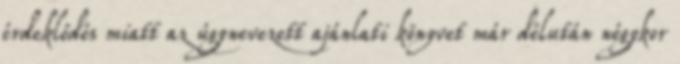
érdeklődés miatt az úgynevezett ajánlati könyvet már délután négykor